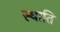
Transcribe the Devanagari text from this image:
स्थाति